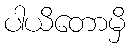
ပါယိတောမှိ